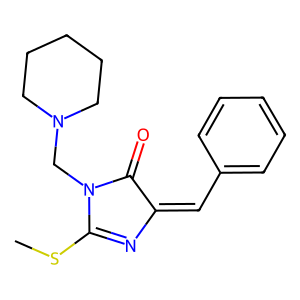
SMILES: CSC1=NC(=Cc2ccccc2)C(=O)N1CN1CCCCC1
Inhibits HIV replication: No